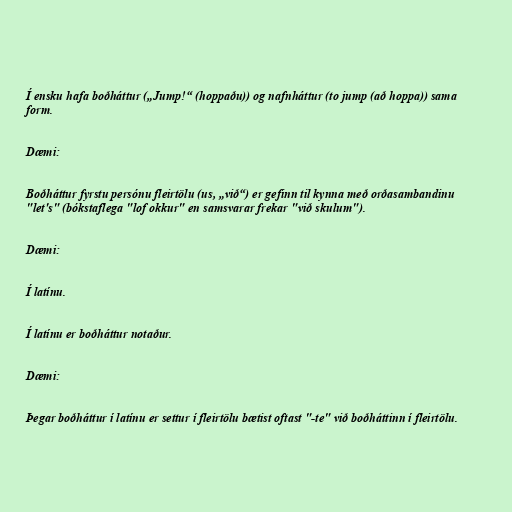
Í ensku hafa boðháttur („Jump!“ (hoppaðu)) og nafnháttur (to jump (að hoppa)) sama
form.

Dæmi:

Boðháttur fyrstu persónu fleirtölu (us, „við“) er gefinn til kynna með orðasambandinu
"let's" (bókstaflega "lof okkur" en samsvarar frekar "við skulum").

Dæmi:

Í latínu.

Í latínu er boðháttur notaður.

Dæmi:

Þegar boðháttur í latínu er settur í fleirtölu bætist oftast "-te" við boðháttinn í fleirtölu.